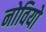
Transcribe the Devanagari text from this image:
नोवियो